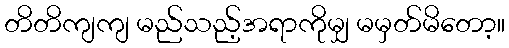
တိတိကျကျ မည်သည့်အရာကိုမျှ မမှတ်မိတော့။